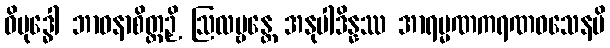
ဝိဗုဒ္ဓေါ ဘာဝနာစိတ္တဉှိ ဩလမ္ဗန္တေ အနုပါဒိန္နဿ အာရမ္မဏကရဏဝသေနပိ